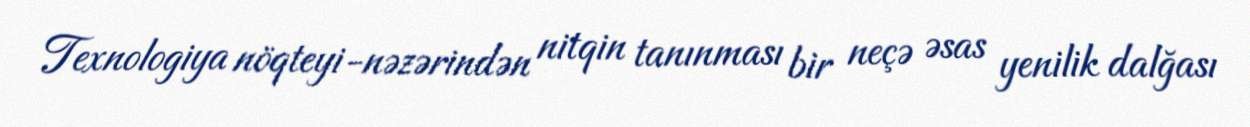
Texnologiya nöqteyi-nəzərindən nitqin tanınması bir neçə əsas yenilik dalğası